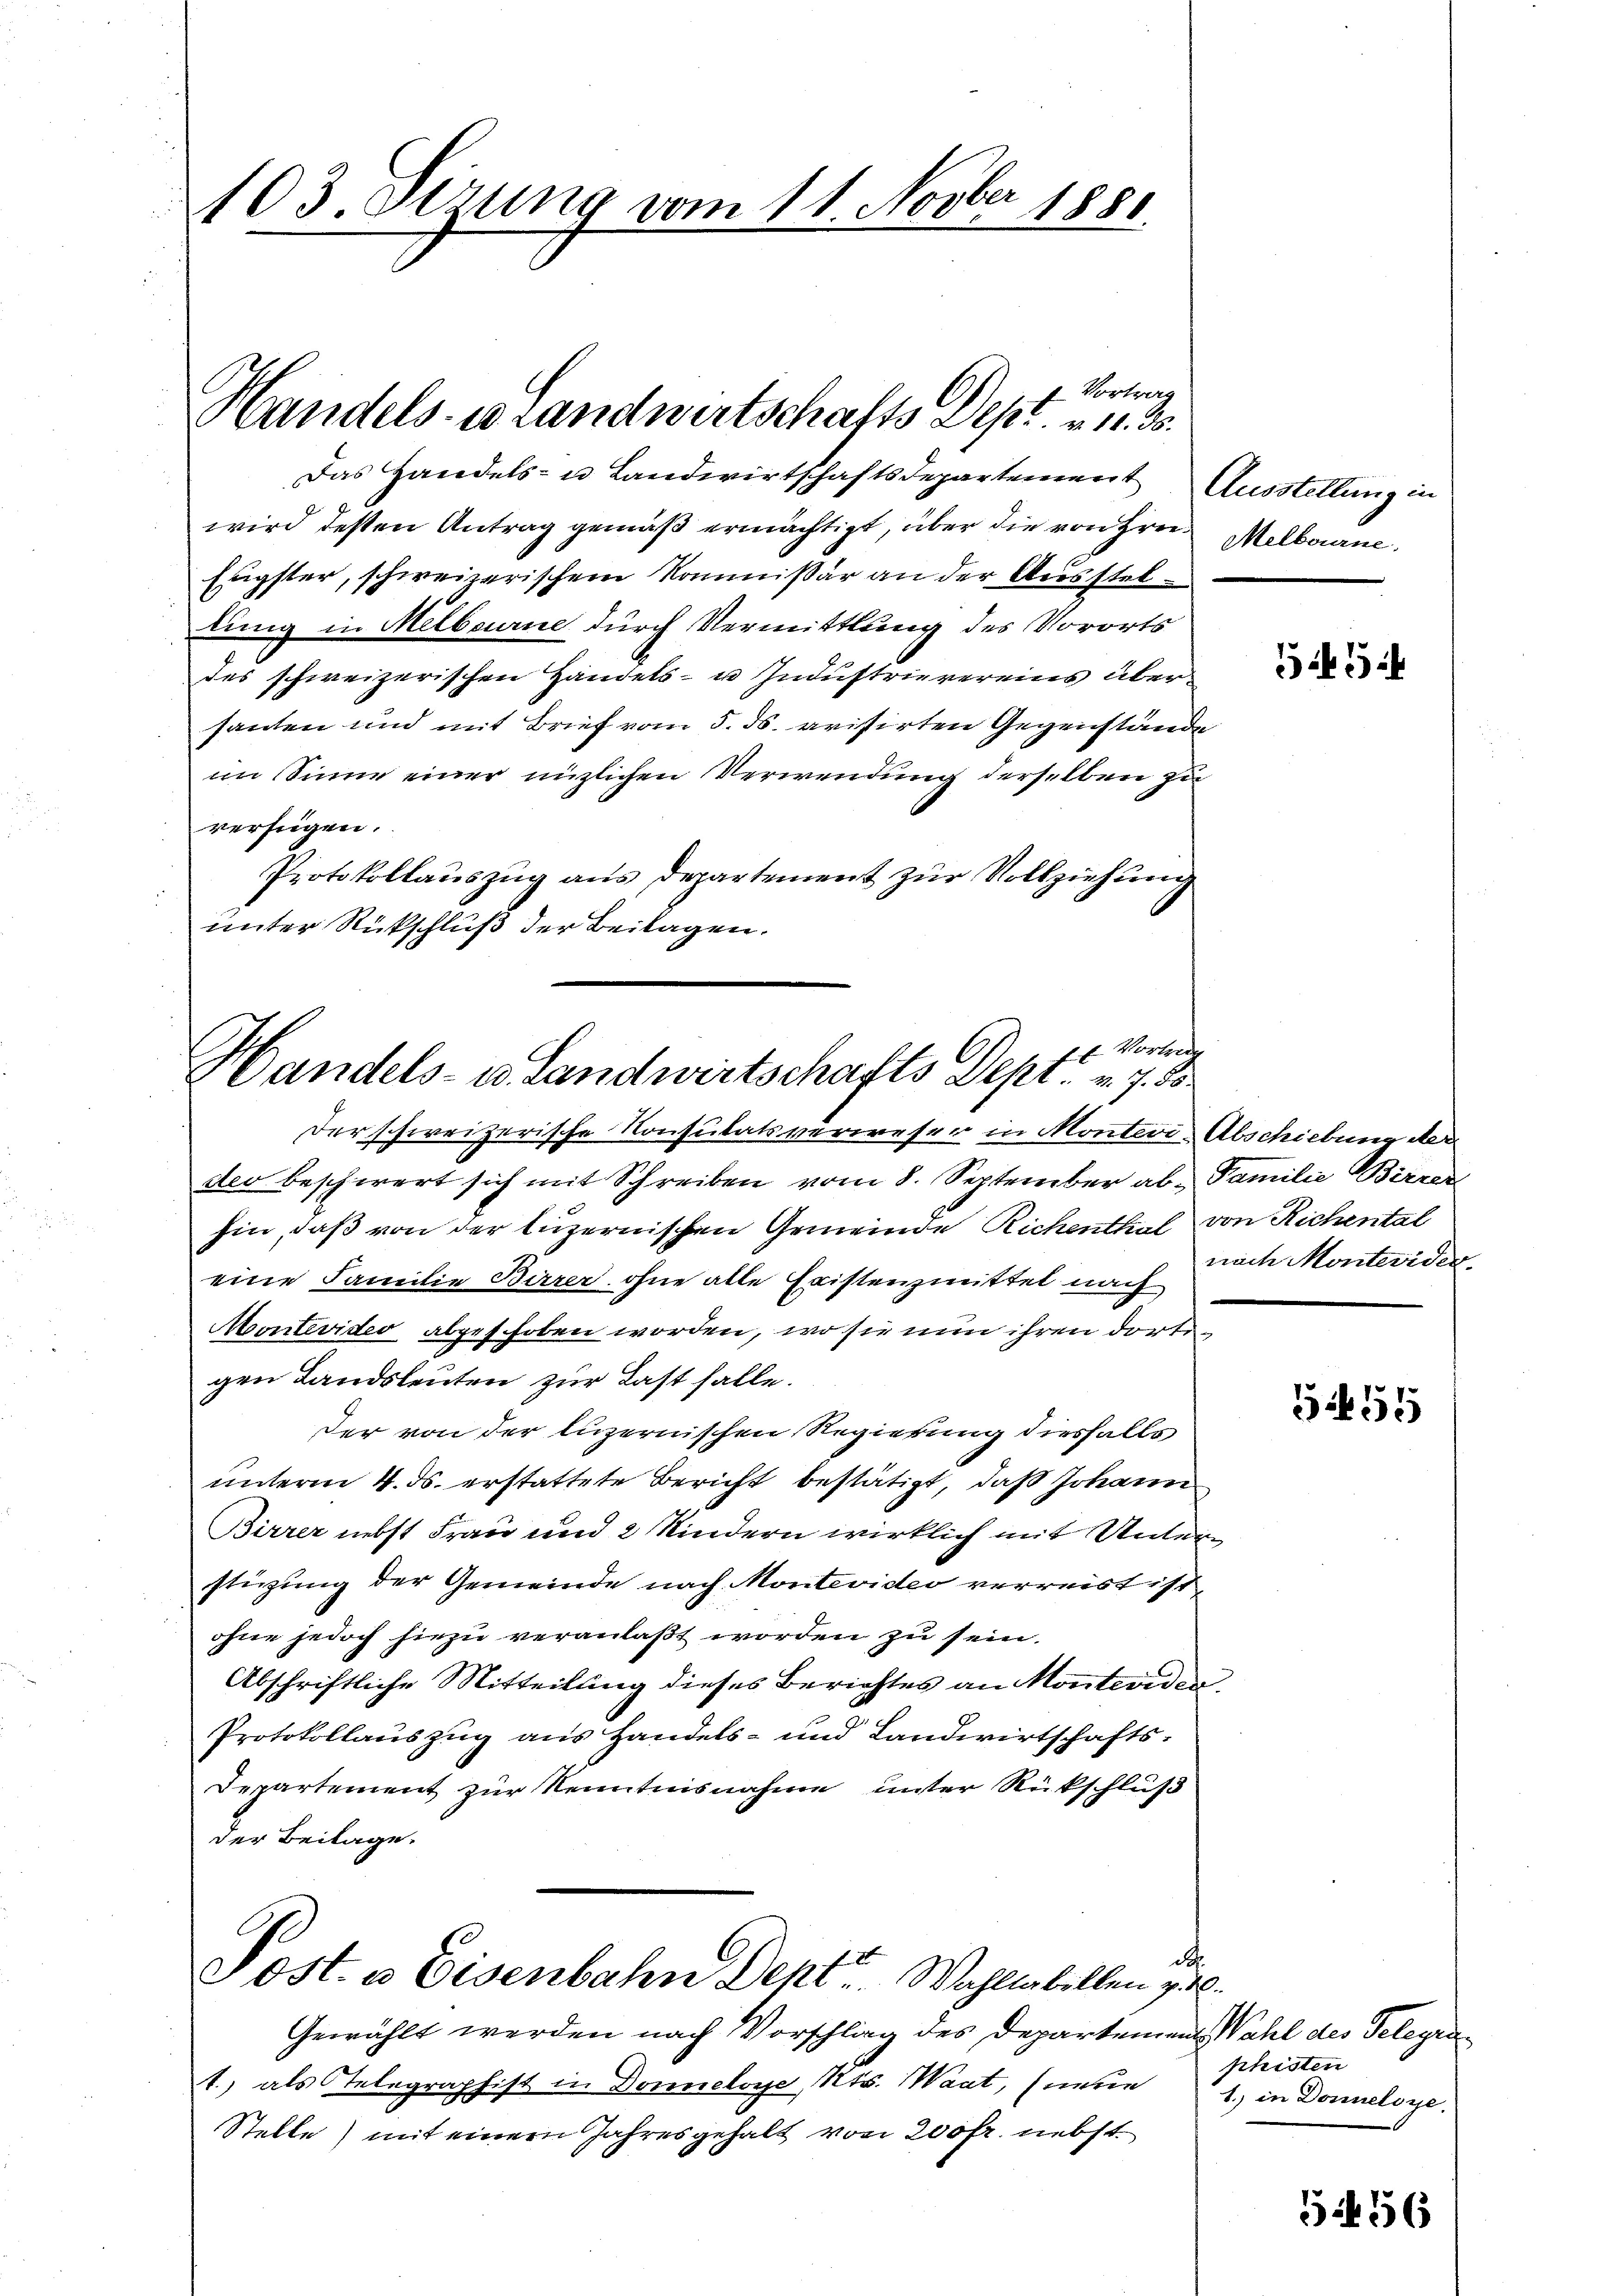
1103. derung vom 11. Novber 1881

Handels- u Landwirtschafts Dept. v. 30.

Das Handels- u. Landwirtschaftsdepartement
wird dessen Antrag gemäß ermächtigt, über die von Hrn.
Eugster, schweizerischem Kommißär an der Aussteltung in Melbourne durch Vermittlung des Vororts
des schweizerischen Handels- u Industrievereins über
santen und mit Brief vom 5. ds. arisirten Gegenstände
im Sinne einer nüzlichen Verwendung derselben zu
verfügen.
Protokollauszug aus Departement zur Vollziehung
unter Rückschluß der Beilagen.

Der schweizerische Konsulatsverweser in Montere Abschiebung der
der beschwert sich mit Schreiben vom 8. September ab. Familie Birrer
hin, daß von der luzernischen Gemeinde Richenthal von Richental
eine Familie Birrer ohne alle Fristenzmittel nach
Montevideo abgeschoben worden, wo sie nun ihren dortigen Landsleuten zur Last falle.
der von der luzernischen Regierung diesfalls
unterm 4. ds. erstattete Bericht bestätigt, daß Johann
Birrer nebst Frau und 2 Kindern wirklich mit Untern
stigung der Gemeinde nach Montevider verreist ist,
ohne jedoch hiezu veranlaßt worden zu sein.
Abschriftliche Mitteilung dieses Berichtes an Monteviden
Protokollauszug aus Handels- und Landwirtschafts¬
Departement zur Kenntnisnahme unter Rückschluß
der Beilage.

Vortrag

1 f. Vortreng
Handels- u. Landwirtschafts Dept. v. 7. 55.

Post. a Eisenbahn Deht. Wahltabellen gut.

Gewählt werden nach Vorschlag des Departement Wahl des Telegra¬
1) als Telegraphist in Donneloye Kts. Maat, (neue
Stelle) mit einem Jahresgehalt von 200 fr. nebst

d

Ausstellung in
Melbourne.

53

nach Monteviden.

555

phisten
1.) in Donneloye

51456